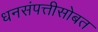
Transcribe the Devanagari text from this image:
धनसंपत्तीसोबत